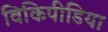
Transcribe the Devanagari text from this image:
विकिपीडिया